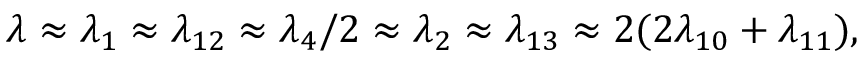
\lambda \approx \lambda _ { 1 } \approx \lambda _ { 1 2 } \approx \lambda _ { 4 } / 2 \approx \lambda _ { 2 } \approx \lambda _ { 1 3 } \approx 2 ( 2 \lambda _ { 1 0 } + \lambda _ { 1 1 } ) ,